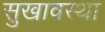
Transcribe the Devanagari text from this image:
सुखावस्था